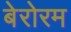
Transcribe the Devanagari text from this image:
बेरोरम